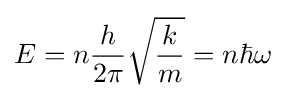
E=n{\frac {h}{2\pi }}{\sqrt {\frac {k}{m}}}=n\hbar \omega